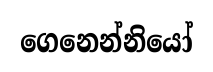
ගෙනෙන්නියෝ